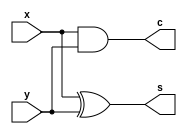
`timescale 1ns / 1ps
//////////////////////////////////////////////////////////////////////////////////
// Company: 
// Engineer: 
// 
// Design Name: 
// Module Name: half_adder
// Project Name: 
// Target Devices: 
// Tool Versions: 
// Description: 
// 
// Dependencies: 
// 
// Revision:
// Revision 0.01 - File Created
// Additional Comments:
// 
//////////////////////////////////////////////////////////////////////////////////


module half_adder(x,y,s,c);

input x,y;
output s,c;

xor (s,x,y);
and (c,x,y);

endmodule